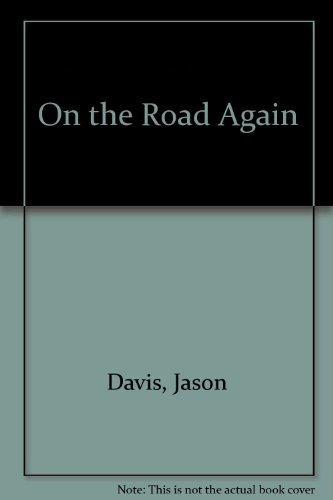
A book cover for On the Road Again; Jason Davis; Travel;